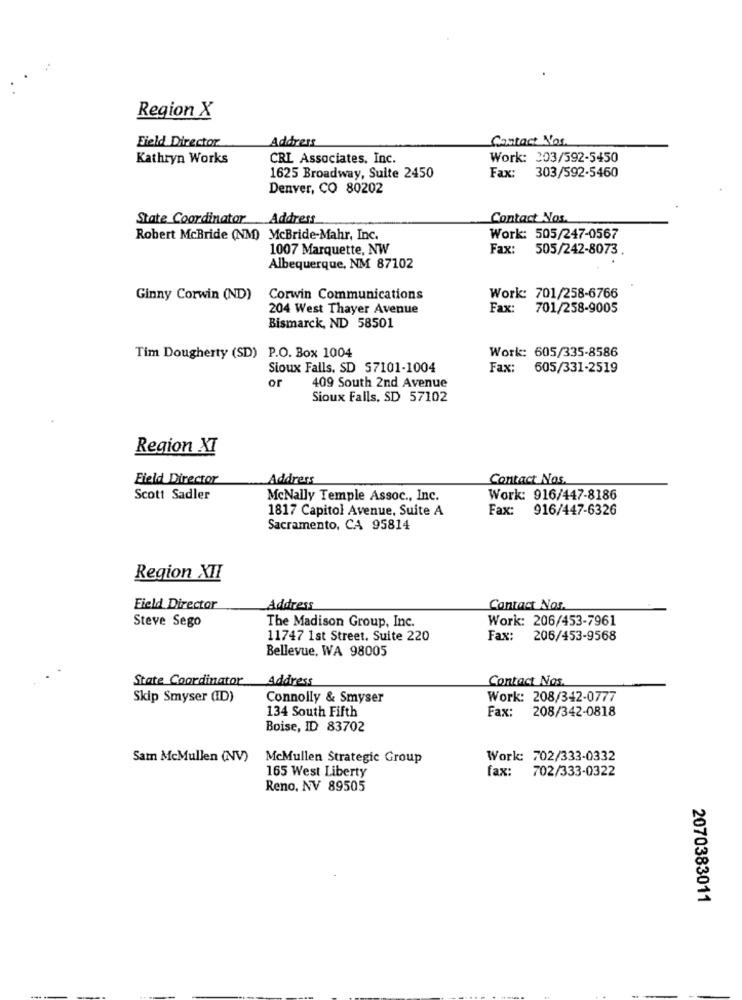
Region X
Field Director
Address
Contact Nos.
Kathryn Works
CRL Associates, Inc.
Work: 303/592-5450
303/592-5460
1625 Broadway, Suite 2450
Fax:
Denver, CO 80202
State Coordinator Address
Contact Nos.
Robert McBride (NM) McBride-Mahr, Inc.
Work: 505/247-0567
1007 Marquette, NW
Fax:
505/242-8073
Albequerque, NM 87102
Ginny Corwin (ND)
Corwin Communications
Work: 701/258-6766
204 West Thayer Avenue
Fax: 701/258-9005
Bismarck, ND 58501
Tim Dougherty (SD) P.O. Box 1004
Work: 605/335-8586
Sioux Falls, SD 57101-1004
Fax: 605/331-2519
or
409 South 2nd Avenue
Sioux Falls, SD 57102
Region XI
Field Director
Address
Contact Nos.
Scott Sadler
McNally Temple Assoc ., Inc.
Work: 916/447-8186
1817 Capitol Avenue, Suite A
Fax: 916/447-6326
Sacramento, CA 95814
Region XII
Field Director
Address
Contact Nas.
Steve Sego
The Madison Group, Inc.
Work: 206/453-7961
11747 1st Street. Suite 220
Fax: 206/453-9568
Bellevue, WA 98005
State Coordinator
Address
Contact Nos.
Skip Smyser (ID)
Connolly & Smyser
Work: 208/342-0777
134 South Fifth
Fax: 208/342-0818
Boise, ID 83702
Sam McMullen (NV)
McMullen Strategic Group
Work: 702/333-0332
165 West Liberty
fax: 702/333-0322
Reno, NV 89505
2070383011